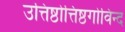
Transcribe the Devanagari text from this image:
उत्तिष्ठोत्तिष्ठगोविन्द